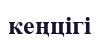
кеңцігі